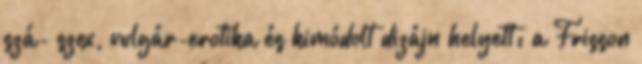
szá- szex, vulgár-erotika és kimódolt dizájn helyett: a Frisson